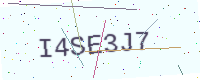
Text: I4SE3J7